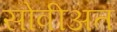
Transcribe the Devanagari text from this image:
सोवीअत